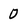
Character: 0